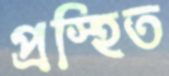
প্রস্হিত